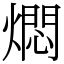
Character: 燜